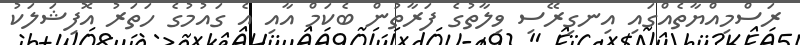
ރަސްމިއްޔާތެއްގައި އިނގިރޭސި ވިލާތުގެ ފަރާތުން ބެކަމް އާއި އެ ގައުމުގެ ހަތަރު އޮފިޝަލަކު